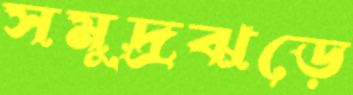
সমুদ্রঝড়ে